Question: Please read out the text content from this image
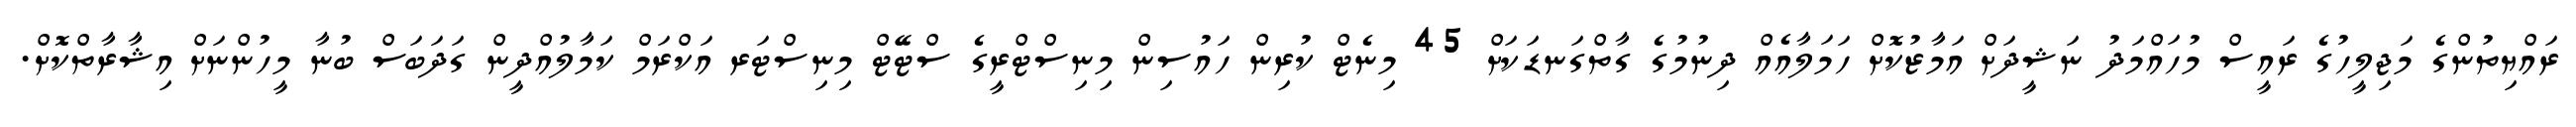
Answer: ރައްޔިތުންގެ މަޖިލީހުގެ ރައީސް މުހައްމަދު ނަޝީދަށް އަމާޒުކޮށް ހަމަލާއެއް ދިނުމުގެ ގާތްގަނޑަކަށް 45 މިނެޓް ކުރިން ހައުސިން މިނިސްޓްރީގެ ސްޓޭޓް މިނިސްޓަރ އަކްރަމް ކަމާލުއްދީން ގަދަބަސް ބުނާ މީހުންނަށް އިޝާރާތްކޮށް.